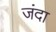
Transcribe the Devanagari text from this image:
जंदा